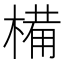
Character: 𣖾